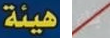
هيئة بك